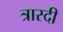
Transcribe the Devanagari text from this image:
त्रास्दी